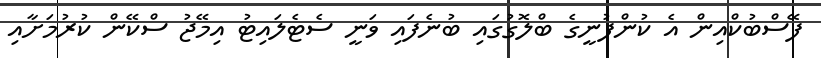
ފޭސްބުކްއިން އެ ކުންފުނީގެ ބްލޮގުގައި ބުނެފައި ވަނީ ސެޓެލައިޓު އިމޭޖު ސްކޭން ކުރުމަށާއި